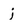
Character: j